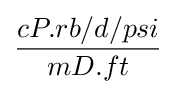
{\frac {cP.rb/d/psi}{mD.ft}}